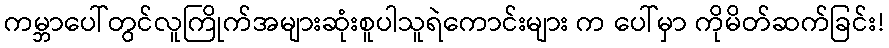
ကမ္ဘာပေါ်တွင်လူကြိုက်အများဆုံးစူပါသူရဲကောင်းများ က ပေါ်မှာ ကိုမိတ်ဆက်ခြင်း!